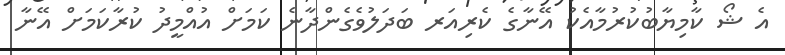
އެ ޝޯ ކާމިޔާބުކުރުމާއެކު އޭނާގެ ކެރިއަރ ބަދަލުވެގެންދާނެ ކަމަށް އުއްމީދު ކުރާކަމަށް އޭނާ